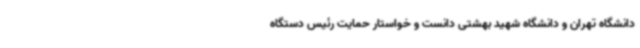
دانشگاه تهران و دانشگاه شهید بهشتی دانست و خواستار حمایت رئیس دستگاه